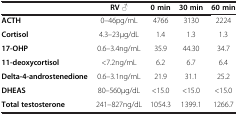
<table><thead><tr><td><b> </b></td><td><b>RV ♂</b></td><td><b>0 min</b></td><td><b>30 min</b></td><td><b>60 min</b></td></tr></thead><tbody><tr><td><b>ACTH</b></td><td>0–46pg/mL</td><td>4766</td><td>3130</td><td>2224</td></tr><tr><td><b>Cortisol</b></td><td>4.3–23μg/dL</td><td>1.4</td><td>1.3</td><td>1.3</td></tr><tr><td><b>17-OHP</b></td><td>0.6–3.4ng/mL</td><td>35.9</td><td>44.30</td><td>34.7</td></tr><tr><td><b>11-deoxycortisol</b></td><td>&lt;7.2ng/mL</td><td>6.2</td><td>6.7</td><td>6.4</td></tr><tr><td><b>Delta-4-androstenedione</b></td><td>0.6–3.1ng/mL</td><td>21.9</td><td>31.1</td><td>25.2</td></tr><tr><td><b>DHEAS</b></td><td>80–560μg/dL</td><td>&lt;15.0</td><td>&lt;15.0</td><td>&lt;15.0</td></tr><tr><td><b>Total testosterone</b></td><td>241–827ng/dL</td><td>1054.3</td><td>1399.1</td><td>1266.7</td></tr></tbody></table>